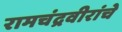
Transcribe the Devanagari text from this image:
रामचंद्रवीरांचे